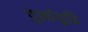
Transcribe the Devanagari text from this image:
पुर्नावृति